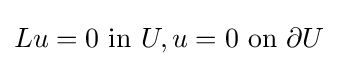
Lu=0{\text{ in }}U,u=0{\text{ on }}\partial U